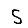
Digit: 5